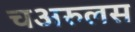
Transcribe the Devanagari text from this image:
चअरुलस